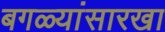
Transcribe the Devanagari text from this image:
बगळ्यांसारखा